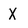
Character: X